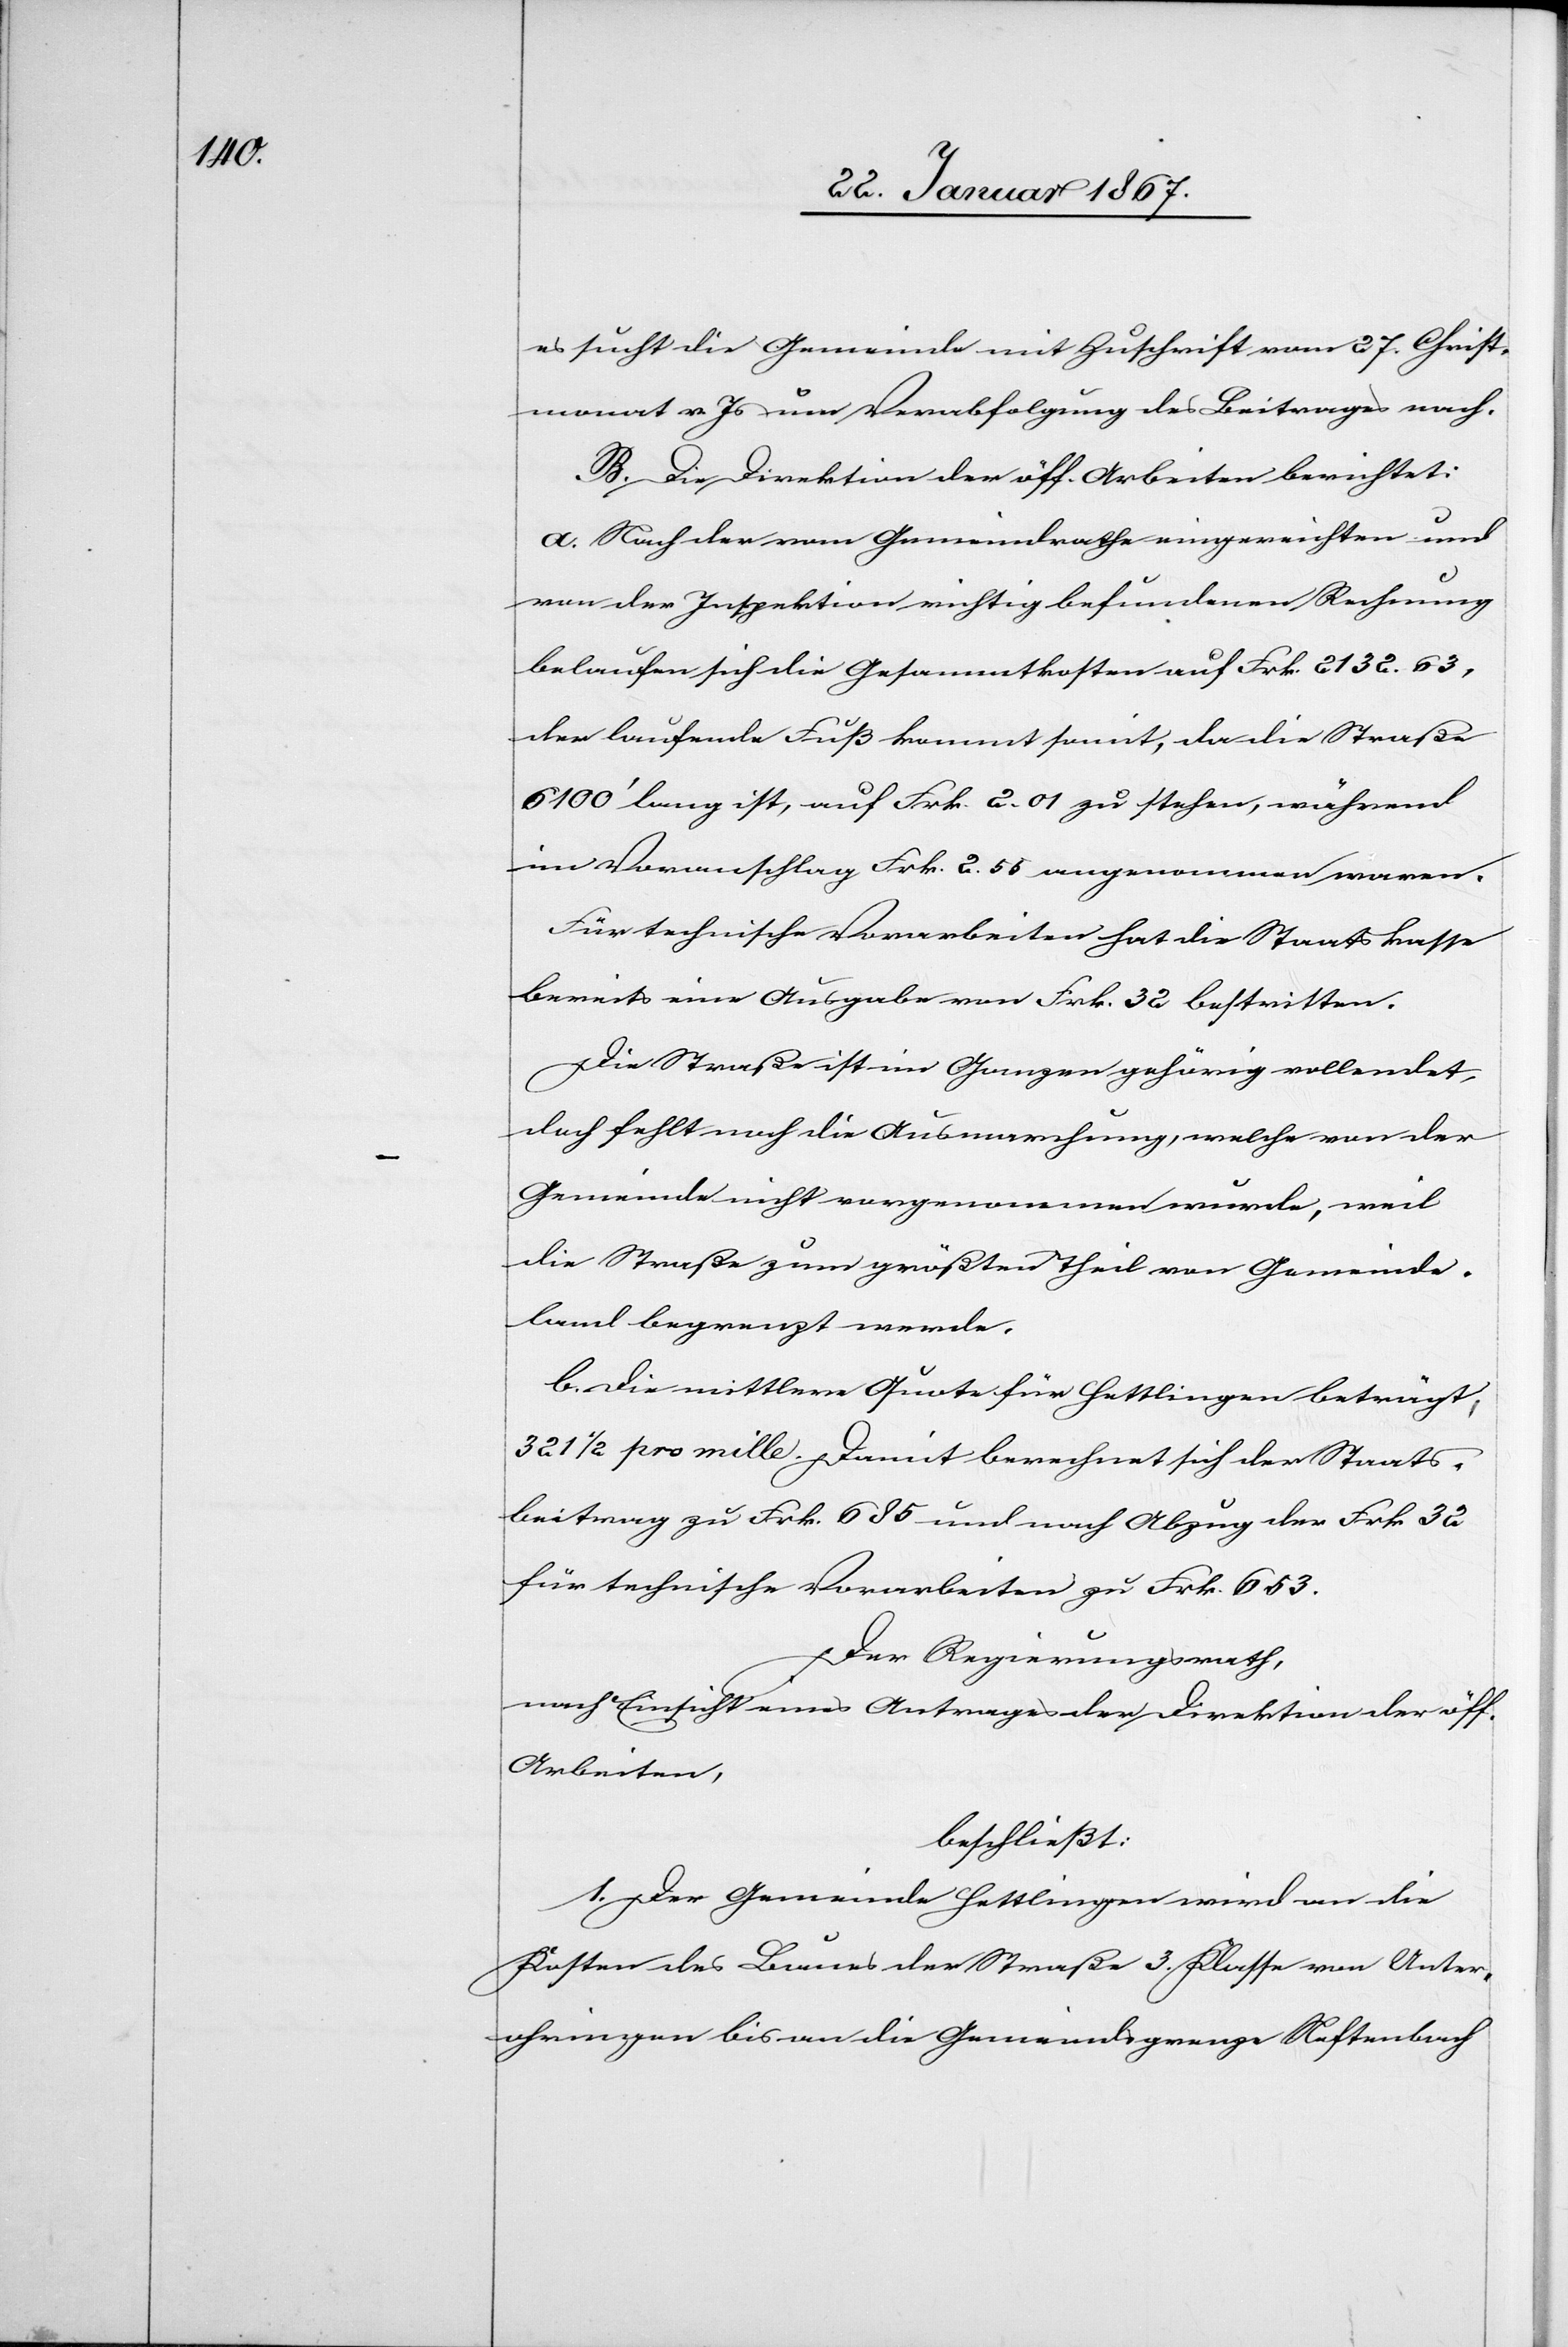
es sucht die Gemeinde mit Zuschrift vom 27. Christ¬
monat v. Js um Verabfolgung des Beitrages nach.
B. Die Direktion der öff. Arbeiten berichtet:
a. Nach der vom Gemeinderathe eingereichten und
von der Inspektion richtig befundenen Rechnung
belaufen sich die Gesamtkosten auf Frk 2132.63,
der laufende Fuß kommt somit, da die Straße
6100’ lang ist, auf Frk. 2.01 zu stehen, während
im Voranschlag Frk. 2.55 angenommen waren.
Für technische Vorarbeiten hat die Staatskasse
bereits eine Ausgabe von Frk. 32 bestritten.
Die Straße ist im Ganzen gehörig vollendet,
doch fehlt noch die Ausmarchung, welche von der
Gemeinde nicht vorgenommen wurde, weil
die Straße zum größten Theil von Gemeinde¬
land begrenzt werde.
b. Die mittlere Quote für Hettlingen beträgt,
321 1/2 pro mille. Damit berechnet sich der Staats¬
beitrag zu Frk. 685 und nach Abzug der Frk. 32
für technische Vorarbeiten zu Frk. 653.
Der Regierungsrath,
nach Einsicht eines Antrages der Direktion der öff.
Arbeiten,
beschließt:
1. Der Gemeinde Hettlingen wird an die
Kosten des Baues der Straße 3. Klasse von Unter¬
ohringen bis an die Gemeindegrenze Neftenbach